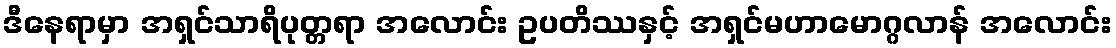
ဒီနေရာမှာ အရှင်သာရိပုတ္တရာ အလောင်း ဥပတိဿနှင့် အရှင်မဟာမောဂ္ဂလာန် အလောင်း